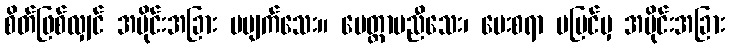
စိတ်ဖြစ်လျှင် အပိုင်းအခြား မပျက်သေး။ မေတ္တာမညီသေး၊ ပေးစရာ မမြင်မှ အပိုင်းအခြား